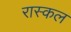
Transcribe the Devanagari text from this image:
रास्कल